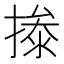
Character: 𰔝